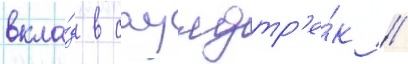
вкла́д в саундтр'е́к //